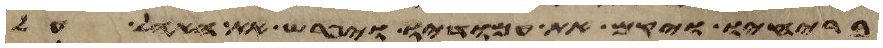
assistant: בריחיו ויקם את עמודיו ויפרש את האהל על